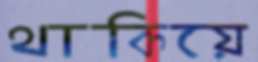
থাকিয়ে